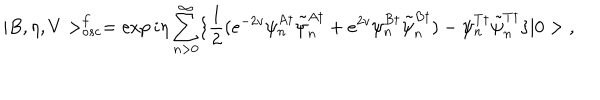
| B , \eta , V > _ { o s c } ^ { f } = \exp { i \eta \sum _ { n > 0 } ^ { \infty } \{ \frac { 1 } { 2 } ( e ^ { - 2 v } \psi _ { n } ^ { A \dagger } \tilde { \psi } _ { n } ^ { A \dagger } + e ^ { 2 v } \psi _ { n } ^ { B \dagger } \tilde { \psi } _ { n } ^ { B \dagger } ) - \psi _ { n } ^ { T \dagger } \tilde { \psi } _ { n } ^ { T \dagger } \} } | 0 > \; ,